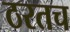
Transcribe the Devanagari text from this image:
ठरतच